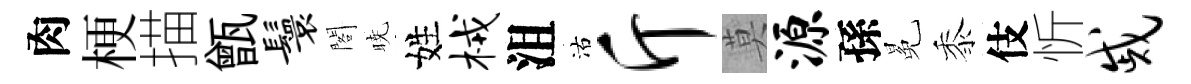
肉梗描甑鬟閣暁姓械沮沽斤莫源孫冕黍伎忻戚